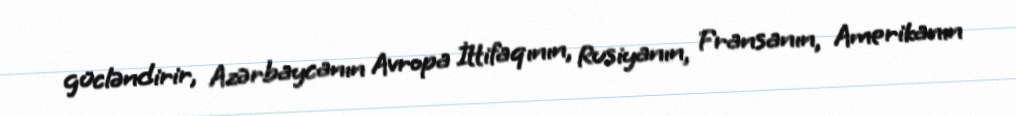
gücləndirir, Azərbaycanın Avropa İttifaqının, Rusiyanın, Fransanın, Amerikanın